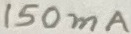
Text: 150mA